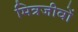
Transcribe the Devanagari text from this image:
मित्रजीवों